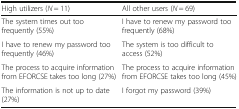
| High utilizers (N = 11) | All other users (N = 69) |
 | --- | --- |
 | The system times out too frequently (55%) | I have to renew my password too frequently (68%) |
 | I have to renew my password too frequently (46%) | The system is too difficult to access (52%) |
 | The process to acquire information from EFORCSE takes too long (27%) | The process to acquire information from EFORCSE takes too long (45%) |
 | The information is not up to date (27%) | I forgot my password (39%) |